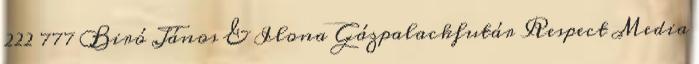
222 777 Biró János & Ilona Gázpalackfutár Respect Media